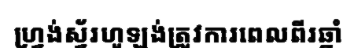
ហ្វ្រង់ស្វ័រហូឡង់ត្រូវការពេលពីរឆ្នាំ